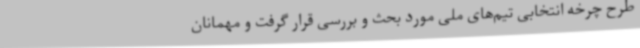
طرح چرخه انتخابی تیم‌های ملی مورد بحث و بررسی قرار گرفت و مهمانان